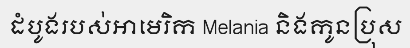
ដំបូងរបស់អាមេរិក Melania និងកូនប្រុស